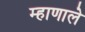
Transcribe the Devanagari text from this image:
म्हाणाले